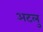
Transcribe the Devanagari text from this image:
अटलु